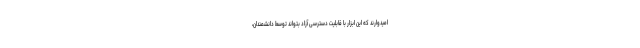
امیدوارند که این ابزار با قابلیت دسترسی آزاد بتواند توسط دانشمندان،